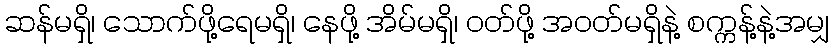
ဆန်မရှိ၊ သောက်ဖို့ရေမရှိ၊ နေဖို့ အိမ်မရှိ၊ ဝတ်ဖို့ အဝတ်မရှိနဲ့ စက္ကန့်နဲ့အမျှ